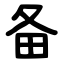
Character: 备